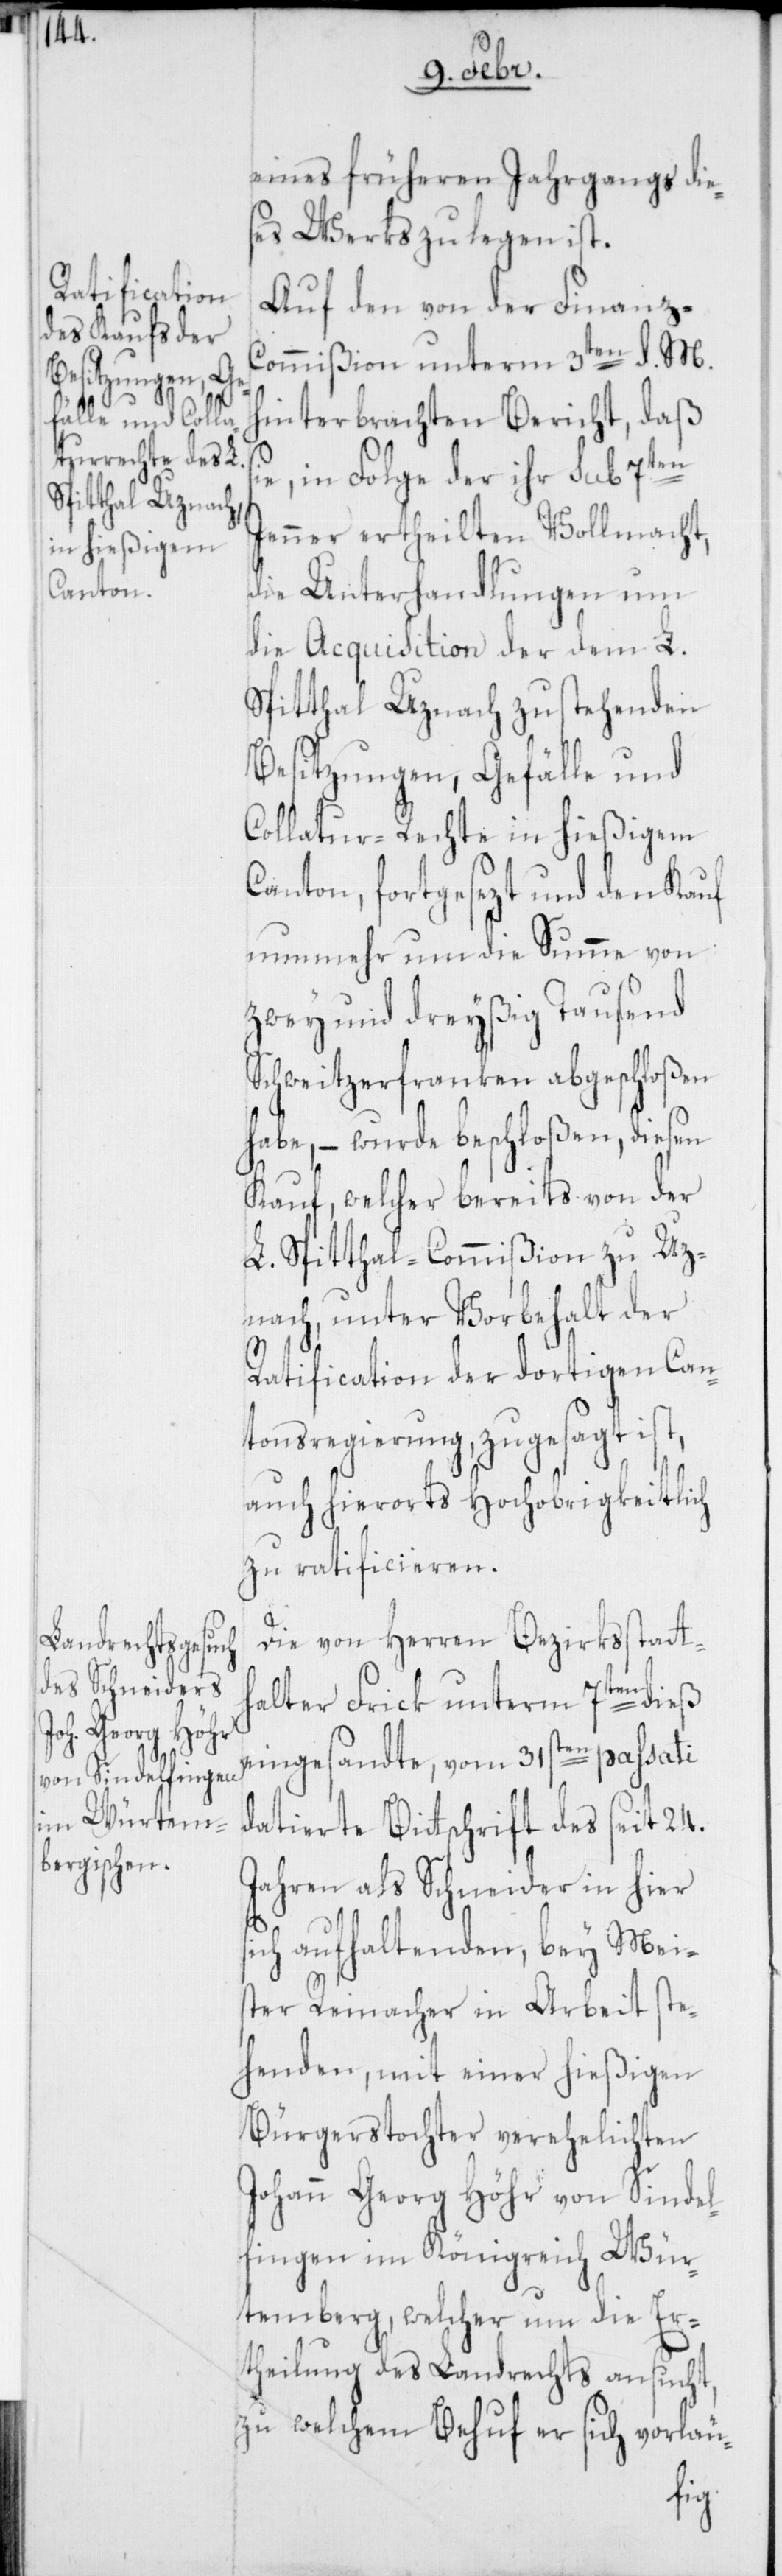
s¬

eines früheren Jahrgangs die¬
ses Werks zu legen ist.
Auf den von der Finanz-C¬
ommißion unterm 3ten d. M.
hinterbrachten Bericht, daß
e, in Folge der ihr sub 7ten
Jenner ertheilten Vollmacht,
die Unterhandlungen um
die Acquisition der dem L.
Spitthal Uznach zustehenden
Besitzungen, Gefälle und
Collatur-Rechte in hießigem
Canton, fortgesezt und den Kauf
nunmehr um die Summe von
zwey und dreyßig Tausend
Schweitzerfranken abgeschloßen
habe, – wurde beschloßen, diesen
Kauf, welcher bereits von der
L. Spitthal-Commißion zu Uz¬
nach, unter Vorbehalt der
Ratification der dortigen Can¬
tonsregierung, zugesagt ist,
auch hierorts Hochobrigkeitlich
zu ratificieren.
Die von Herren Bezirksstatth¬
alter Frick unterm 7ten dieß
eingesandte, vom 31sten passati
d.e Bitschrift des seit 24.
Jahren als Schneider in hier
ich aufhaltenden, bey Mei¬
ster Reinacher in Arbeit ste¬
henden, mit einer hießigen
Bürgerstochter verehelichten
Johann Georg Höhr von Sindel¬
fingen im Königreich Wür¬
temberg, welcher um die Er¬
theilung des Landrechts ansucht,
zu welchem Behuf er sich vorläu-
si¬